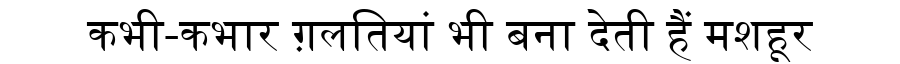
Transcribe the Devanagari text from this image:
कभी-कभार ग़लतियां भी बना देती हैं मशहूर